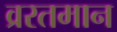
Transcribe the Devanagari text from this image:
व्ररतमान